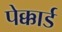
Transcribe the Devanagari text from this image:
पेक्कार्ड